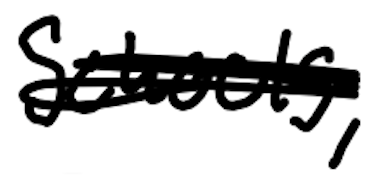
Text: schools,
Cross-out: scratch
Writing tool: digital_black